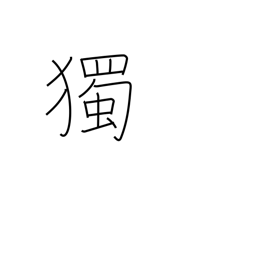
Meaning: spontaneously